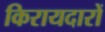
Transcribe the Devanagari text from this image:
किरायदारों